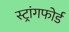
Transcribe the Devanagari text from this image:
स्ट्रांगफोर्ड